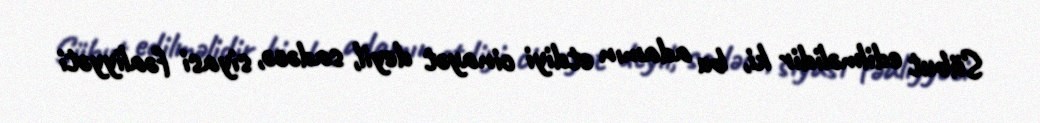
Sübut edilməlidir ki, bu adamın etdiyi cinayət deyil, sadəcə, siyasi fəaliyyəti